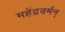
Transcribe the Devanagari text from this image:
महेंद्रवर्मन्‌